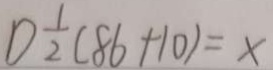
1 ) \frac { 1 } { 2 } ( 8 6 + 1 0 ) = x